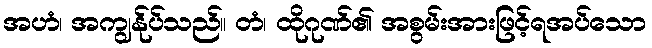
အဟံ၊ အကျွန်ုပ်သည်။ တံ၊ ထိုဂုဏ်၏ အစွမ်းအားဖြင့်ရအပ်သော